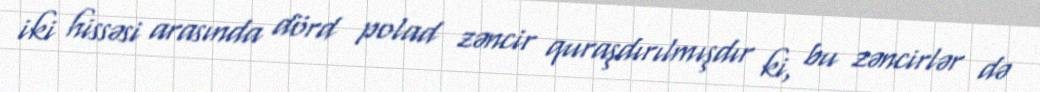
iki hissəsi arasında dörd polad zəncir quraşdırılmışdır ki, bu zəncirlər də